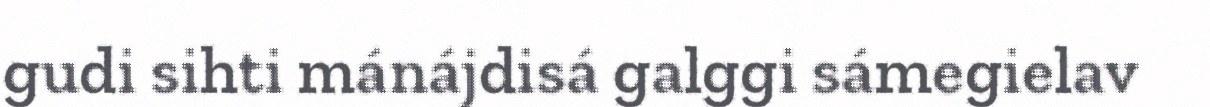
gudi sihti mánájdisá galggi sámegielav